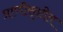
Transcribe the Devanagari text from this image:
प्राणीसृष्टीत